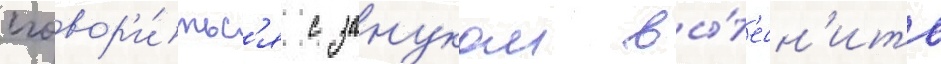
сговор'и́тьс'я с зануком вы́т'есн'ить